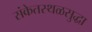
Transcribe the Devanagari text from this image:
संकेतस्थळसुद्धा